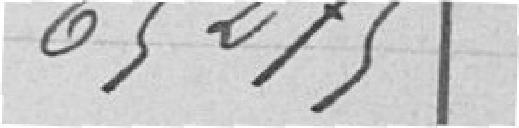
65 275